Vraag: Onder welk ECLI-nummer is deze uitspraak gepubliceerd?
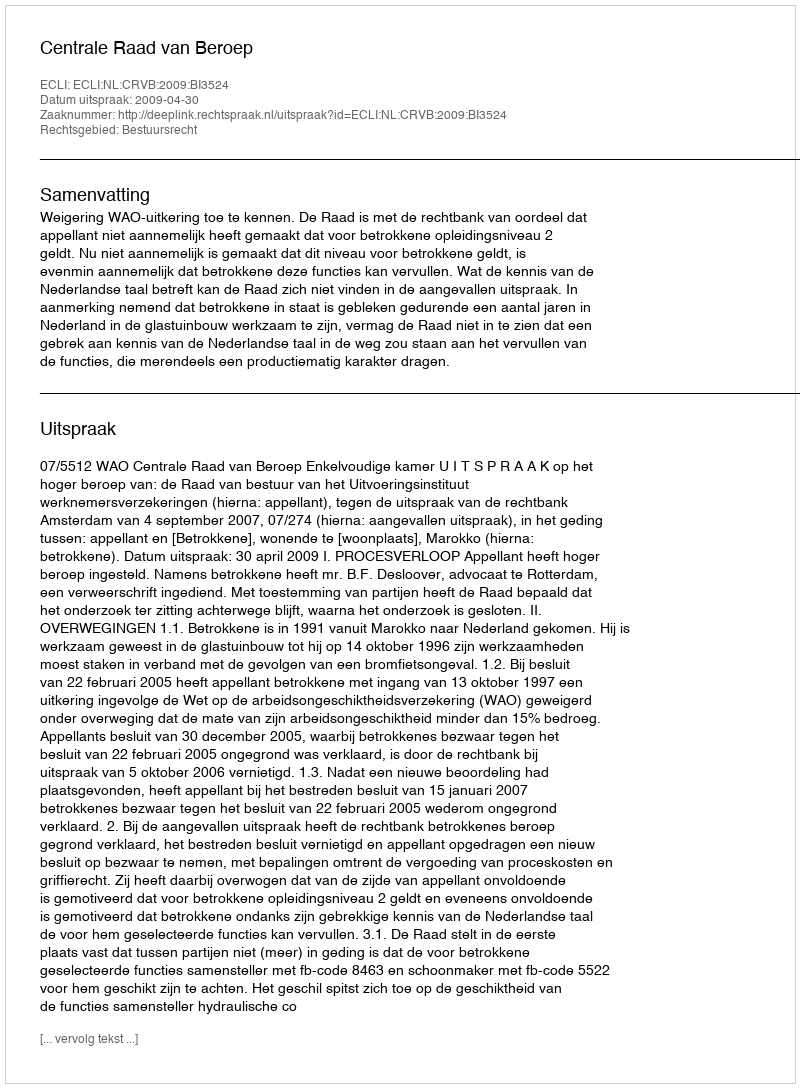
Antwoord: ECLI:NL:CRVB:2009:BI3524